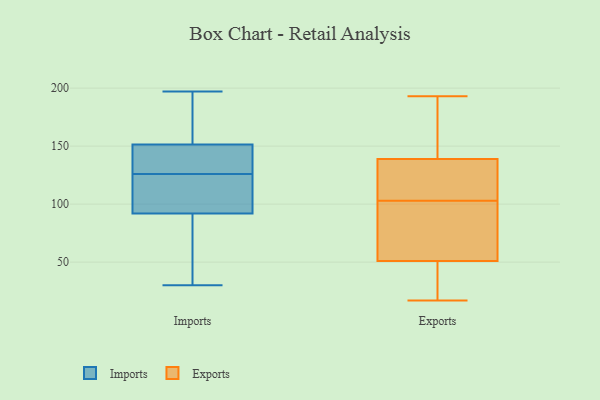
{"axis": {"x": "Headcount", "y": "Value"}, "legend": ["Exports", "Imports"], "data": [{"x": "", "y": 62, "type": "Imports"}, {"x": "", "y": 106, "type": "Imports"}, {"x": "", "y": 50, "type": "Imports"}, {"x": "", "y": 131, "type": "Imports"}, {"x": "", "y": 181, "type": "Imports"}, {"x": "", "y": 97, "type": "Imports"}, {"x": "", "y": 197, "type": "Imports"}, {"x": "", "y": 150, "type": "Imports"}, {"x": "", "y": 166, "type": "Imports"}, {"x": "", "y": 153, "type": "Imports"}, {"x": "", "y": 87, "type": "Imports"}, {"x": "", "y": 98, "type": "Imports"}, {"x": "", "y": 128, "type": "Imports"}, {"x": "", "y": 66, "type": "Imports"}, {"x": "", "y": 115, "type": "Imports"}, {"x": "", "y": 150, "type": "Imports"}, {"x": "", "y": 155, "type": "Imports"}, {"x": "", "y": 124, "type": "Imports"}, {"x": "", "y": 30, "type": "Imports"}, {"x": "", "y": 138, "type": "Imports"}, {"x": "", "y": 131, "type": "Exports"}, {"x": "", "y": 50, "type": "Exports"}, {"x": "", "y": 179, "type": "Exports"}, {"x": "", "y": 17, "type": "Exports"}, {"x": "", "y": 51, "type": "Exports"}, {"x": "", "y": 110, "type": "Exports"}, {"x": "", "y": 96, "type": "Exports"}, {"x": "", "y": 58, "type": "Exports"}, {"x": "", "y": 193, "type": "Exports"}, {"x": "", "y": 139, "type": "Exports"}]}